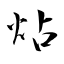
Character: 炶